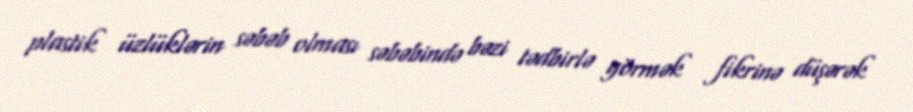
plastik üzlüklərin səbəb olması səbəbində bəzi tədbirlə görmək fikrinə düşərək